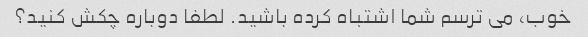
خوب، می ترسم شما اشتباه کرده باشید. لطفا دوباره چکش کنید؟